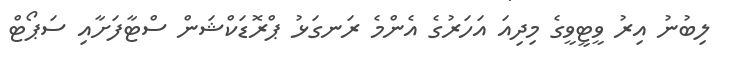
ލިބުނު އިރު ވީޓީވީގެ މިދިއަ އަހަރުގެ އެންމެ ރަނގަޅު ޕްރޮޑަކްޝަން ސްޓާފަށާއި ސަޕޯޓް